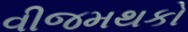
વીજમથકો